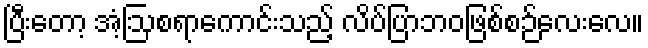
ပြီးတော့ အံ့ဩစရာကောင်းသည့် လိပ်ပြာဘဝဖြစ်စဉ်လေးလေ။